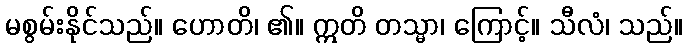
မစွမ်းနိုင်သည်။ ဟောတိ၊ ၏။ ဣတိ တသ္မာ၊ ကြောင့်။ သီလံ၊ သည်။